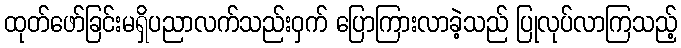
ထုတ်ဖော်ခြင်းမရှိပညာလက်သည်းဝှက် ပြောကြားလာခဲ့သည် ပြုလုပ်လာကြသည့်